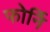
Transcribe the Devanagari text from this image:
फोर्नि